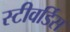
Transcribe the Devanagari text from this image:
स्‍टीवर्डिस